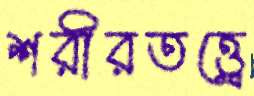
শরীরতত্ত্বে